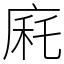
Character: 㢉